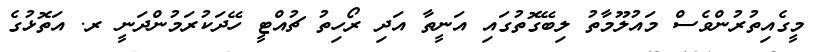
މީގެއިތުރުންވެސް މައުލޫމާތު ލިބޭގޮތުގައި އަނީތާ އަދި ރޯހިތު ޗުއްޓީ ހޭދަކުރަމުންދަނީ ރ. އަތޮޅުގެ